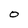
Character: O